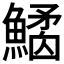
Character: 𩻎